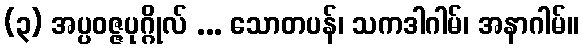
(၃) အပ္ပဝဇ္ဇပုဂ္ဂိုလ် ... သောတပန်၊ သကဒါဂါမ်၊ အနာဂါမ်။